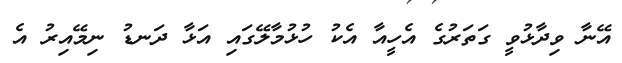
އޭނާ ވިދާޅުވީ ގަތަރުގެ އެހީއާ އެކު ހުޅުމާލޭގައި އަޅާ ދަނޑު ނިމޭއިރު އެ